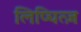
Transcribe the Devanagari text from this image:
लिप्चित्ज़